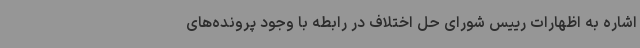
اشاره به اظهارات رییس شورای حل اختلاف در رابطه با وجود پرونده‌های